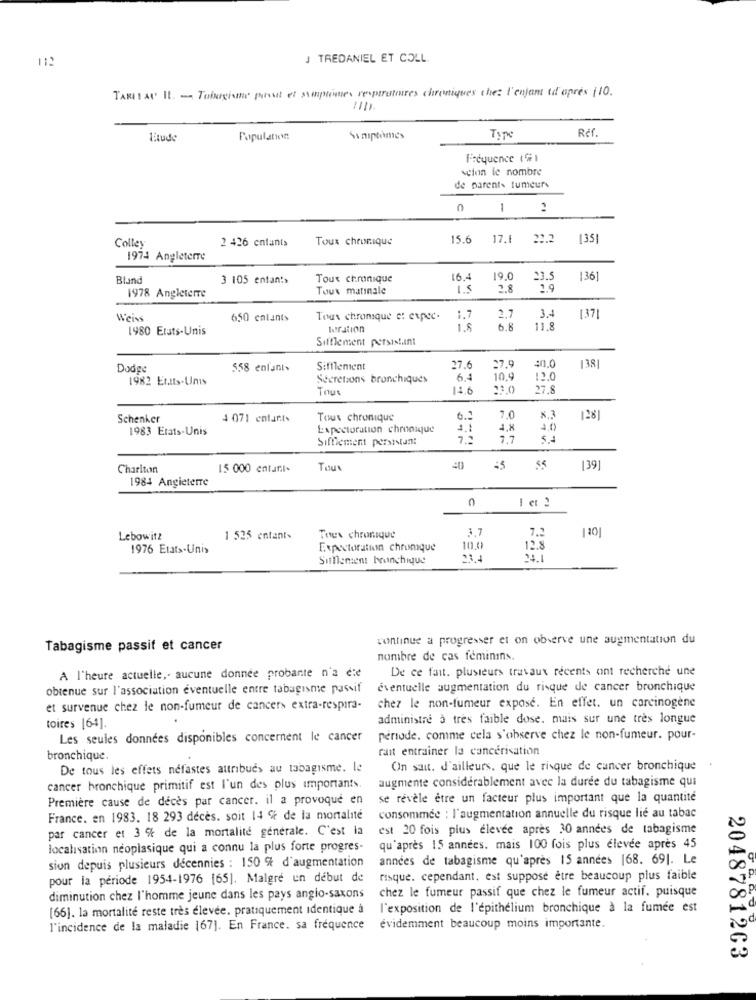
112
J TREDANIEL ET COLL.
TARI I AL' Il. - Tobeginne passt et symptomles respiratoires chroniques che: l'enfant d'après (10.
Réf.
Litude
Population
Symptomes
Type
Fréquence (#)
Acion le nombre
de parents fumeurs
0 1 :
Colley
2 426 enfants
Toux chronique
15.6
17.1 22.2
[35]
1974 Angleterre
Blund
3 105 entant>
Toux chronique
16.4
19.0
23.5
1361
1978 Angleterre
Toux matinale
15
2.8
31
Weiss
650 entants
Tous chronsque et expec.
1.7
2.7
137]
1980 Erats-Unis
turation
18
6.8
11.8
Sifflement persistant
Dodge
558 enfants
Sifflement
27.6
7.9
40.0
138|
1982 Eratts-Unis
Steretions bronchiques
6.4
10,9
2.0
Tous
14.6
23.0
27.8
Schenker
$ 071 enfants
Tous chronique
6.1
7,0
128]
1983 Erats-Unis
Expectoration chronique
-
4.8
Sifflement persistant
7.7
Charlton
15 000 entant-
Tou
40
139]
1984 Angleterre
C
-
lot I
1.7
Lebowitz
1 525 entant.
Tous chronique
1976 Etats-Unis
Expectoration chromque
10.
12.8
Simement bronchique
Frit
continue a progresser et on observe une augmentation du
Tabagisme passit et cancer
nombre de cas féminins.
A l'heure actuelle ,. aucune donnée probante n'a die
De ce fait. plusieurs travaux recents ont recherche une
obtenue sur l'association eventuelle entre tabagisme passif
éventuelle augmentation du risque de cancer bronchique
et survenue chez le non-fumeur de cancers extra-respira-
chez le non-fumeur expose. En effet. un carcinogène
administre à très faible dose. mais sur une très longue
toires [64].
Les seules donnees disponibles concernent le cancer
periode. comme cela s'observe chez le non-fumeur. pour-
rait entrainer la cancerisation
bronchique.
De tous les effets néfastes attribués au tabagisme. le
On sait. d'ailleurs, que le risque de cancer bronchique
augmente considérablement avec la durée du tabagisme qui
cancer bronchique primitif est l'un des plus importants.
Première cause de décès par cancer. il a provoqué en
se révèle être un facteur plus important que la quantité
France. en 1983. 18 293 décès. soit 14 % de la mortalité
consommée : l'augmentation annuelle du risque lié au tabac
par cancer et 3 % de la mortalité generale. C'est la
est 20 fois plus élevée après 30 années de tabagisme
localisation neoplasique qui a connu la plus forte progres-
qu'après 15 années. mais 100 fois plus élevée après 45
sion depuis plusieurs décennies : 150 % d'augmentation
années de tabagisme qu'après 15 années |68. 691. Le
pour la période 1954-1976 [65]. Malgré en début de
risque. cependant, est suppose être beaucoup plus faible
chez le fumeur passif que chez le fumeur actif. puisque
diminution chez l'homme jeune dans les pays anglo-saxons
[66). la mortalité reste très élevée. pratiquement identique à
l'exposition de l'epithelium bronchique à la fumée est
l'incidence de la maladie 167]. En France. sa fréquence
évidemment beaucoup moins importante.
2048781263